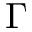
\Gamma